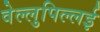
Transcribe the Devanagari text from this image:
वेल्लुपिल्लई